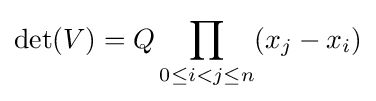
\det(V)=Q\prod _{0\leq i<j\leq n}(x_{j}-x_{i})